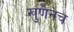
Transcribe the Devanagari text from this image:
खुणेनेच